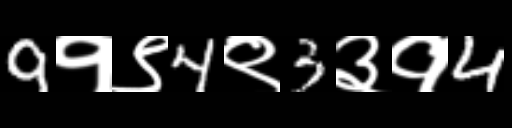
Text: 9१९4९3३१4